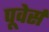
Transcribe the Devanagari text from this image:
पूवेर्स